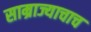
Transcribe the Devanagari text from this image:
साम्राज्याचाच